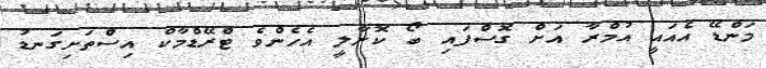
މަންޑޭ އެއައީ އުމްރާ އަށް ގޮސްފައި ބޯ ކޮށާލީ އެހެންވެ ޓްރޭޑްމާކް އިސްތަށިގަނޑު